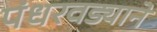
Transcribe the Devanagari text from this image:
पंधरवड्याने